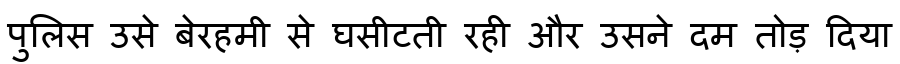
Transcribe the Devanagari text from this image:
पुलिस उसे बेरहमी से घसीटती रही और उसने दम तोड़ दिया